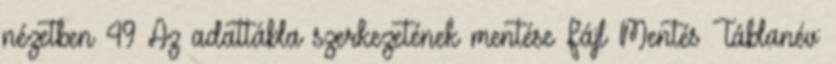
nézetben 49 Az adattábla szerkezetének mentése Fájl Mentés Táblanév: